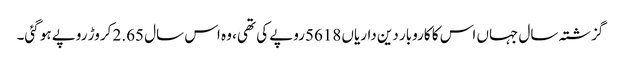
گزشتہ سال جہاں اس کا کاروبار دین داریاں 5618روپے کی تھی، وہ اس سال 2.65 کروڑ روپے ہو گئی۔